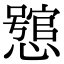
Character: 𢣉